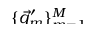
\smash { \{ \vec { q } _ { m } ^ { \prime } \} _ { m = 1 } ^ { M } }